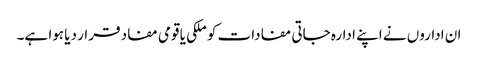
ان اداروں نے اپنے ادارہ جاتی مفادات کو ملکی یا قومی مفاد قرار دیا ہوا ہے۔